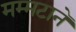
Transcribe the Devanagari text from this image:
मम्मटाने